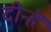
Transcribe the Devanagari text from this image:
दीन्‍हें